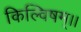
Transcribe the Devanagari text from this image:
किल्विषम्।।